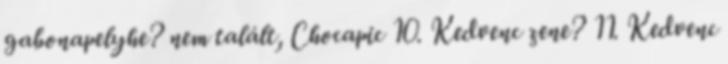
gabonapelyhe? nem talált, Chocapic 10. Kedvenc zene? 11. Kedvenc